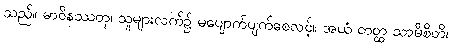
သည်။ မာဝိနဿတု၊ သူများလက်၌ မပျောက်ပျက်စေလင့်။ အယံ တတ္ထ သာမီစိတိ၊